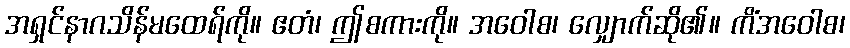
အရှင်နာဂသိန်မထေရ်ကို။ ဧတံ၊ ဤစကားကို။ အဝေါစ၊ လျှောက်ဆို၏။ ကိံအဝေါစ၊